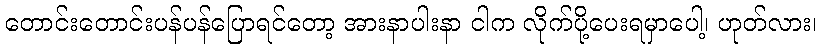
တောင်းတောင်းပန်ပန်ပြောရင်တော့ အားနာပါးနာ ငါက လိုက်ပို့ပေးရမှာပေါ့၊ ဟုတ်လား၊